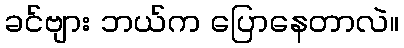
ခင်ဗျား ဘယ်က ပြောနေတာလဲ။